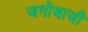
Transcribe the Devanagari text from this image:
जगोबाजी